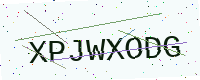
Text: XPJWXODG